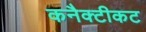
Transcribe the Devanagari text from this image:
कनैक्टीकट